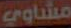
مشاوي